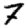
Digit: 7